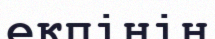
екпінін